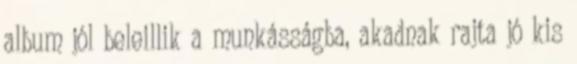
album jól beleillik a munkásságba, akadnak rajta jó kis